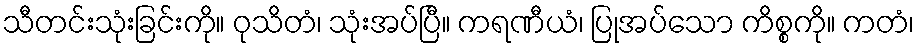
သီတင်းသုံးခြင်းကို။ ဝုသိတံ၊ သုံးအပ်ပြီ။ ကရဏီယံ၊ ပြုအပ်သော ကိစ္စကို။ ကတံ၊